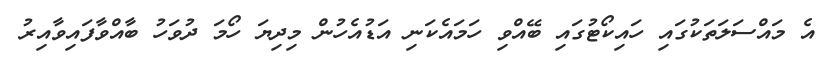
އެ މައްސަލަތަކުގައި ހައިކޯޓުގައި ބޭއްވި ހަމައެކަނި އަޑުއެހުން މިދިޔަ ހޯމަ ދުވަހު ބާއްވާފައިވާއިރު